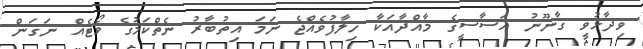
ވިދާޅުވީ ގާނޫނު އަސާސީގެ މާއްދާއަކާ ހިލާފުވެއްޖެ ނަމަ އިތުބާރު ނެތްކަމުގެ ވޯޓެއް ނަގަން